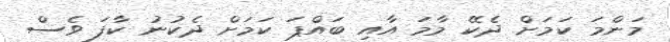
މަންމަ ކަމަށް ދެކޭ މާމަ އާއި ބައްޕަ ކަމަށް ދެކުނު ކާފަ ވެސް